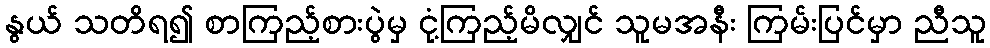
နွယ် သတိရ၍ စာကြည့်စားပွဲမှ ငုံ့ကြည့်မိလျှင် သူမအနီး ကြမ်းပြင်မှာ ညီသူ